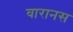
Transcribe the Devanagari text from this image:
वारानस